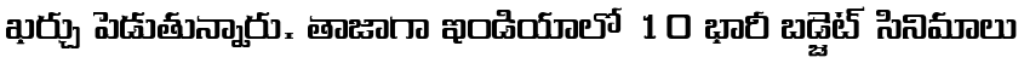
ఖర్చు పెడుతున్నారు. తాజాగా ఇండియాలో 10 భారీ బడ్జెట్ సినిమాలు